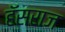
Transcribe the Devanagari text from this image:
हॅसराज